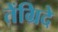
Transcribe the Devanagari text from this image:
तेंग्रिदे